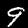
Label: 9